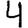
Digit: 4